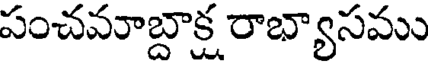
పంచమాబ్దాక్ష రాభ్యాసము